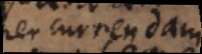
percurrenda